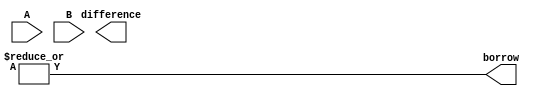
module ripple_subtractor (
    input [7:0] A,
    input [7:0] B,
    output [7:0] difference,
    output borrow
);

wire [7:0] sum;
wire [7:0] borrow_out;

// XOR gates for subtractor operation
genvar i;
generate
    for (i = 0; i < 8; i = i + 1) begin : xor_block
        xor xor_gate(
            .A(A[i]),
            .B(B[i]),
            .Y(sum[i])
        );
    end
endgenerate

// AND gates for borrow operation
genvar j;
generate
    for (j = 0; j < 8; j = j + 1) begin : and_block
        and and_gate(
            .A(A[j]),
            .B(~B[j]),
            .Y(borrow_out[j])
        );
    end
endgenerate

assign difference = sum;
assign borrow = |borrow_out;

endmodule